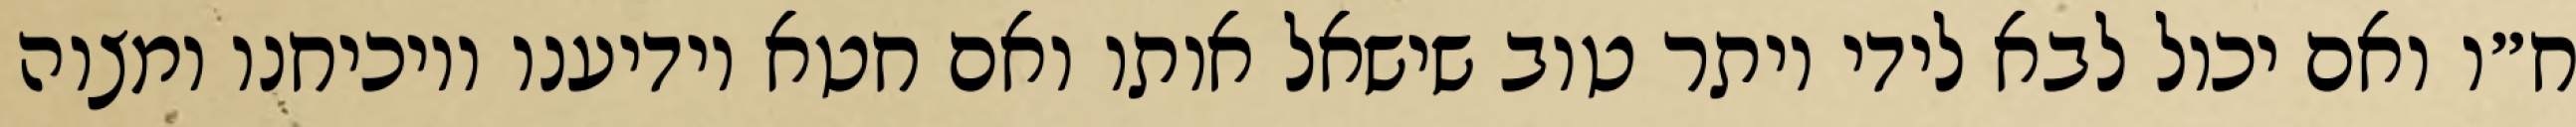
ח״ו ואם יכול לבא לידי יותר טוב שישאל אותו ואם חטא יודיענו ויוכיחנו ומצוה